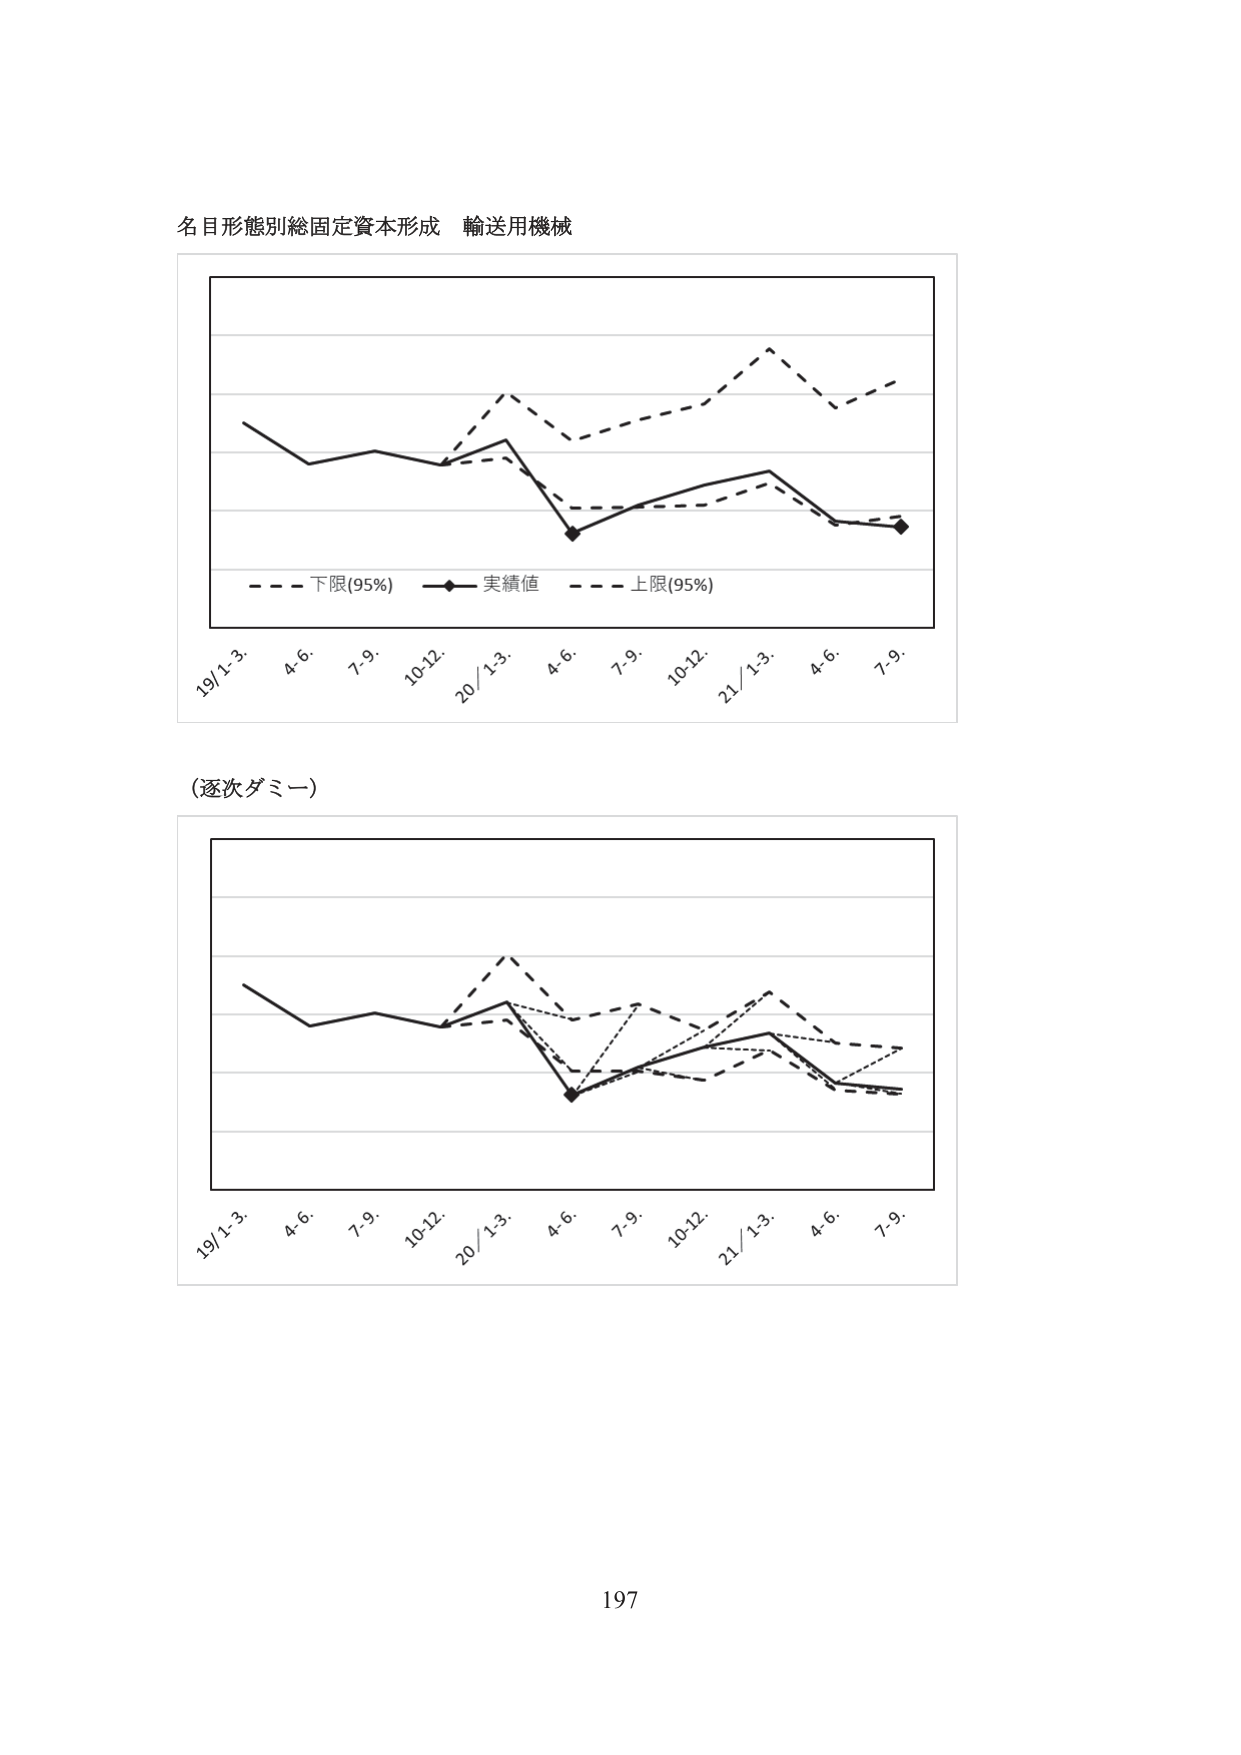
名目形態別総固定資本形成 輸送用機械

- - - 下限(95%) —◆— 実績値 - - - 上限(95%)

19/1-3. 4.6. 7.9. 10-12. 20/1-3. 4.6. 7.9. 10-12. 21/1-3. 4.6. 7.9.

(逐次ダミー)

19/1-3. 4.6. 7.9. 10-12. 20/1-3. 4.6. 7.9. 10-12. 21/1-3. 4.6. 7.9.

197